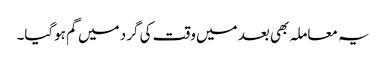
یہ معاملہ بھی بعد میں وقت کی گرد میں گم ہوگیا۔